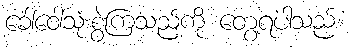
ခေါ်ဝေါ်သုံးစွဲကြသည်ကို တွေ့ရပါသည်။